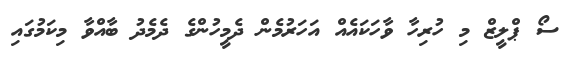
ސޯ ޕްލީޒް މި ހުރިހާ ވާހަކައެއް އަހަރުމެން ދެމީހުންގެ ދެމެދު ބާއްވާ މިކަމުގައި